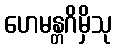
ဟေမန္တဂိမှိသု